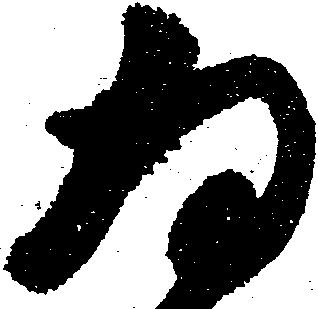
為